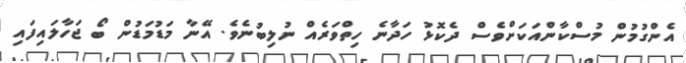
އެންގުމުން މުސްކާންއަކަށްވެސް ދެކޮޅު ހަދާނެ ހިތްވަރެއް ނުލިބުނެވެ. އޭނާ މަޑުމަޑުން ބޯ ޖަހާލައިފައި